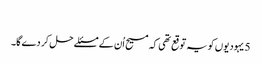
‏
5 یہودیوں کو یہ توقع تھی کہ مسیح اُن کے مسئلے حل کر دے گا۔